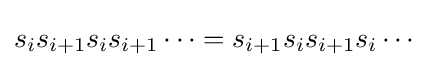
s_{i}s_{i+1}s_{i}s_{i+1}\cdots =s_{i+1}s_{i}s_{i+1}s_{i}\cdots